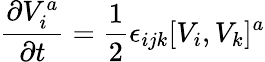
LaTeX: {\frac{\partial V_{i}^{a}}{\partial t}}={\frac{1}{2}}\epsilon_{ijk}[V_{i},V_{k}]^{a}